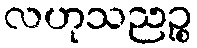
လဟုသညဉ္စ